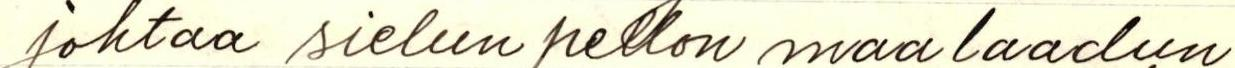
johtaa sielun pellon maa laadun